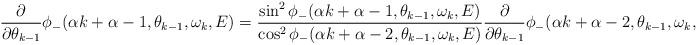
LaTeX: \begin{align*} \frac{\partial}{\partial \theta_{k-1}}\phi_{-}(\alpha k+\alpha-1,\theta_{k-1},\omega_k,E)=\frac{\sin^2\phi_{-}(\alpha k+\alpha-1,\theta_{k-1},\omega_k,E)}{\cos^2\phi_{-}(\alpha k+\alpha-2,\theta_{k-1},\omega_k,E)}\frac{\partial}{\partial \theta_{k-1}}\phi_{-}(\alpha k+\alpha-2,\theta_{k-1},\omega_k,E).\end{align*}